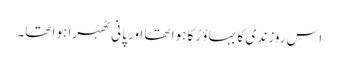
اس روز ندی کا بہاؤ رُکا ہوا تھا اور پانی ٹھہرا ہوا تھا۔